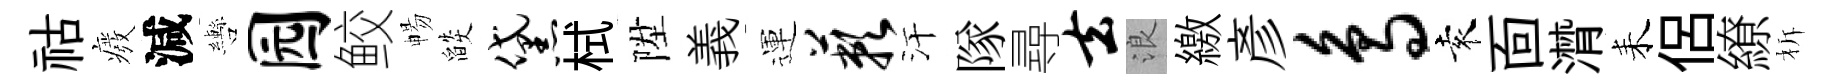
祜癈減轡园鲛暢燄黛栻陞義運蔌汗隊尋去浪繳彥鸟袁靣潸耒侶繚柝